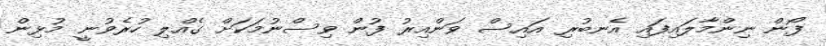
ފޯން ނިންމާލައިފައި އެނބުރި އައިސް ވަންއިރު ފުން ވިސްނުމަކަށް ގެއްލި ހުރެވުނީ މުޅިން